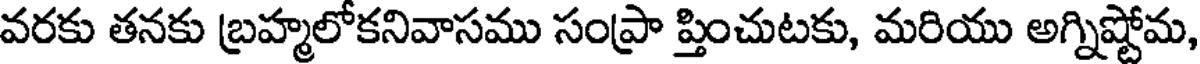
వరకు తనకు బ్రహ్మలోకనివాసము సంప్రా ప్తించుటకు, మరియు అగ్నిష్టోమ,